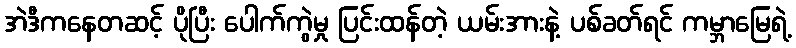
အဲဒီကနေတဆင့် ပိုပြီး ပေါက်ကွဲမှု ပြင်းထန်တဲ့ ယမ်းအားနဲ့ ပစ်ခတ်ရင် ကမ္ဘာမြေရဲ့